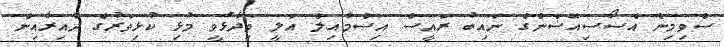
ސްވިމިން އެސޯސިއޭޝަންގެ ނައިބު ރައީސް އިސްމާއިލް އަލީ ވިދާޅުވީ މުޅި ކުޅިވަރުގެ ދާއިރާއިން